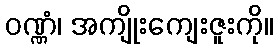
ဝဏ္ဏံ၊ အကျိုးကျေးဇူးကို။